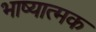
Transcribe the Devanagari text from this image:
भाष्यात्मक